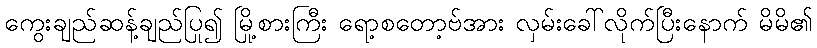
ကွေးချည်ဆန့်ချည်ပြု၍ မြို့စားကြီး ရော့စတော့ဗ်အား လှမ်းခေါ်လိုက်ပြီးနောက် မိမိ၏